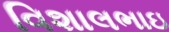
વિશાલભાઇ